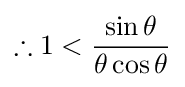
\therefore 1<{\frac {\sin \theta }{\theta \cos \theta }}